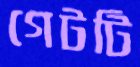
গেটটি